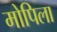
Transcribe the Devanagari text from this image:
मोपिला